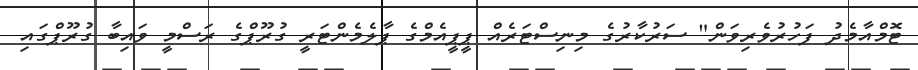
ޓޮމްއާމެދު ފަހުރުވެރިވަން" ސަރުކާރުގެ މިނިސްޓަރެއް ޕީޕީއެމްގެ ޕާލެމެންޓަރީ ގުރޫޕްގެ ރަސްމީ ވައިބާ ގުރޫޕްގައި